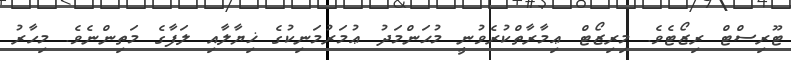
ޓޫރިސްޓް ރިޒޯޓެވެ. މިރިޒޯޓް ޢިމާރާތްކުރެވުނީ މުޙަންމަދު ޢުމަރުމަނިކުގެ ޚިޔާލާއި ލަފާގެ މަތިންނެވެ. މިހާރު